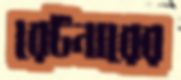
রেটনারের